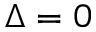
\Delta = 0